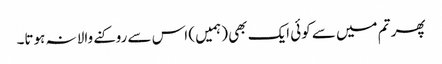
پھر تم میں سے کوئی ایک بھی (ہمیں ) اس سے روکنے والا نہ ہوتا۔